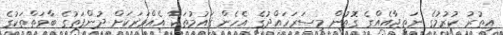
އިތުރު ކުރުމުގެ ނަތީޖާއެއްގެ ގޮތުން މިސަރަހައްދުގެ އެހެން ޤައުމުތަކާ އެއްވަރަކަށް ދުންފަތުގެ ބާވަތްތަކުގެ